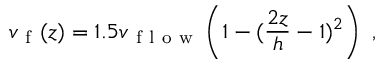
v _ { \mathrm { ~ f ~ } } ( z ) = 1 . 5 v _ { \mathrm { ~ f ~ l ~ o ~ w ~ } } \left( 1 - ( \frac { 2 z } { h } - 1 ) ^ { 2 } \right) \mathrm { ~ , ~ }